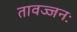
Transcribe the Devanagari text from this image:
तावज्जनः